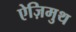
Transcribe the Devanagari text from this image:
ऐज़िमुथ